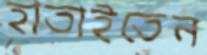
হাতাইতেন